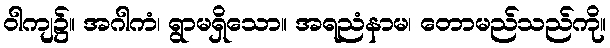
ဝါကျ၌။ အဂါကံ၊ ရွာမရှိသော။ အရညံနာမ၊ တောမည်သည်ကို။